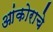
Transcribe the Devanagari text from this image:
आंकोराचे